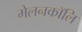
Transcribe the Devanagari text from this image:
मेलनकॉलि